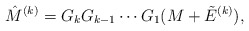
\begin{align*}\hat M^{(k)} = G_k G_{k-1}\cdots G_1(M+\tilde E^{(k)}),\end{align*}